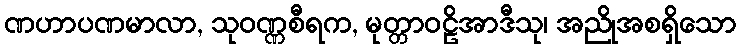
ဏဟာပဏမာလာ, သုဝဏ္ဏစီရက, မုတ္တာဝဠိအာဒီသု၊ အညိုအစရှိသော